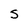
Character: S